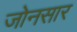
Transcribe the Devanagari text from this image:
जोनसार